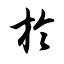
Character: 於